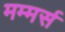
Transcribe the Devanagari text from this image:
मम्मर्स